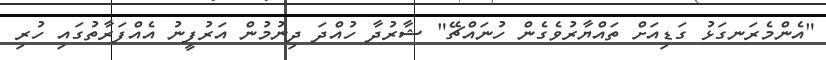
"އެންމެރަނގަޅު ގަޑިއަށް ތައްޔާރުވެގެން ހުނައްޗޭ" ޝާރުދާ ހުއްދަ ދިނުމުން އަރުފީނު އެއްފަރާތުގައި ހުރި